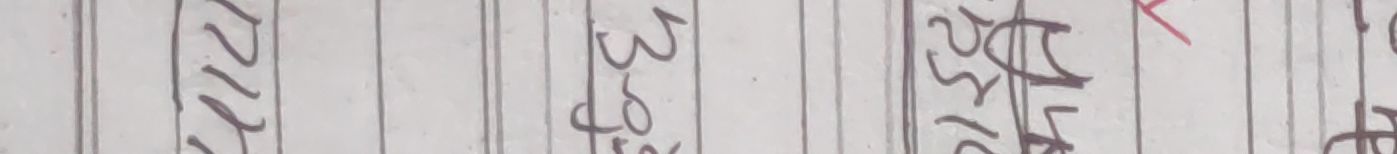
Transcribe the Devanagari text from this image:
१२२२ ४३४१ २५१७